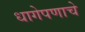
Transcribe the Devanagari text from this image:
धागेपणाचे